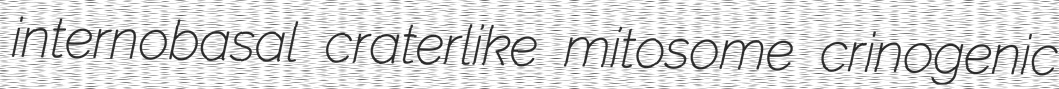
internobasal craterlike mitosome crinogenic